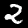
Label: 2